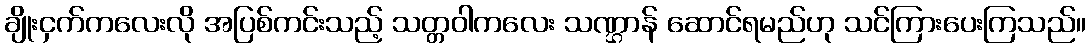
ချိုးငှက်ကလေးလို အပြစ်ကင်းသည့် သတ္တဝါကလေး သဏ္ဌာန် ဆောင်ရမည်ဟု သင်ကြားပေးကြသည်။